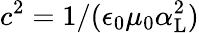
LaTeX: c^{2}=1/(\epsilon_{0}\mu_{0}\alpha_{\mathrm{{L}}}^{2})